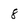
Character: 8